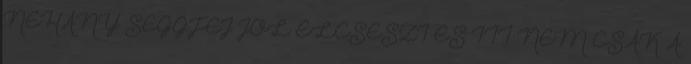
NÉHÁNY SEGGFEJ JÓL ELCSESZI ÉS ITT NEM CSAK A